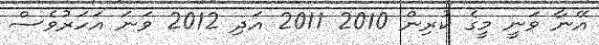
އޭނާ ވަނީ މީގެ ކުރިން 2010 2011 އަދި 2012 ވަނަ އަހަރުވެސް